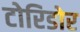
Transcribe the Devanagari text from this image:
टोरिडोर